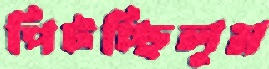
পিটচ্ছিলুম